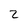
Character: 2